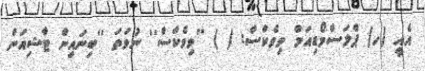
އެއީ (ހ) ޕްލަސްމޯޑިއަމް ވިވެކްސް: ( ) ''ވިވެކްސް'' ނުވަތަ ''ބިނައިން ޓާޝިއަން